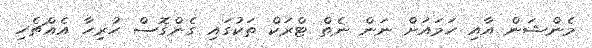
މެންޝަން އާއި ހަމައަށް ނަން ނެތް ޓްރަކް ތަކުގައި ގެންގޮސް ހުރިހާ އެއްޗެހި